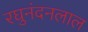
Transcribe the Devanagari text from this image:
रघुनंदनलाल